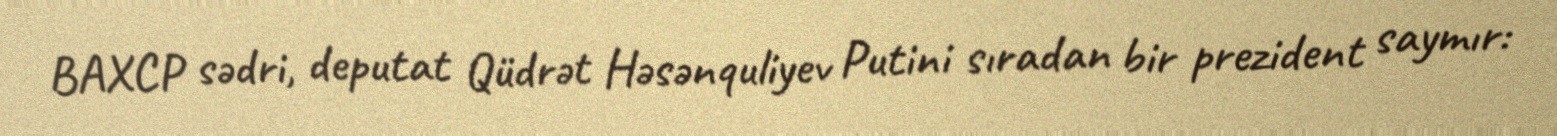
BAXCP sədri, deputat Qüdrət Həsənquliyev Putini sıradan bir prezident saymır: